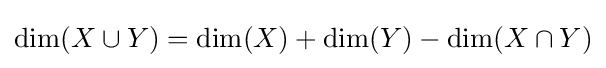
{\text{dim}}(X\cup Y)={\text{dim}}(X)+{\text{dim}}(Y)-{\text{dim}}(X\cap Y)